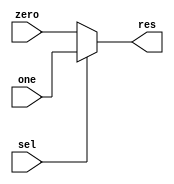
`timescale 1ns / 1ps
module MUX #(parameter SIZE = 32) (
    input [SIZE - 1:0] zero,
    input [SIZE - 1:0] one,
    input sel,
    output [SIZE - 1:0] res
);

assign res = sel ? one : zero;

endmodule